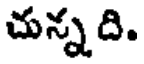
చున్న ది.